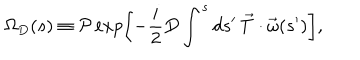
LaTeX: \Omega _ { D } ( s ) \equiv { \cal P } \exp \left[ - \frac { i } { 2 } D \int ^ { s } d s ^ { \prime } \, \vec { T } \cdot \vec { \omega } ( s ^ { \prime } ) \right] ,